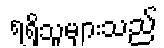
ရရှိသူများသည်